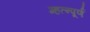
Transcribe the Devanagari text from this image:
म्हत्न्पूर्ण